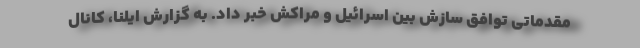
مقدماتی توافق سازش بین اسرائیل و مراکش خبر داد. به گزارش ایلنا، کانال